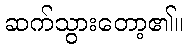
ဆက်သွားတော့၏။